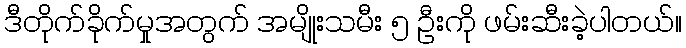
ဒီတိုက်ခိုက်မှုအတွက် အမျိုးသမီး ၅ ဦးကို ဖမ်းဆီးခဲ့ပါတယ်။